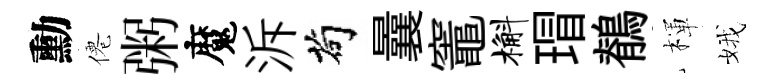
勳僊粥魔泝茍曩竈槲瑁鶺楎娥